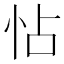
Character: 怗